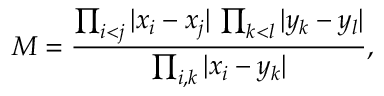
M = \frac { \prod _ { i < j } \vert x _ { i } - x _ { j } \vert \, \prod _ { k < l } \vert y _ { k } - y _ { l } \vert } { \prod _ { i , k } \vert x _ { i } - y _ { k } \vert } ,